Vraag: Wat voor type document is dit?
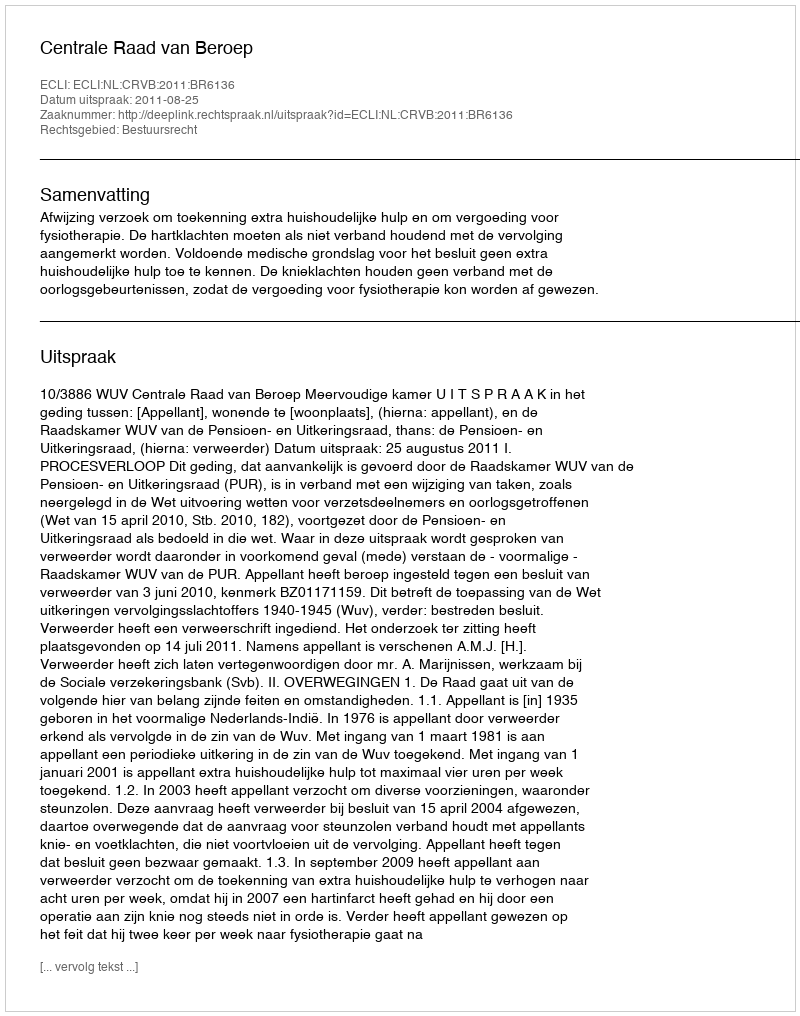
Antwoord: Uitspraak